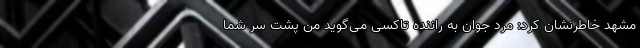
مشهد خاطرنشان کرد: مرد جوان به راننده تاکسی می‌گوید من پشت سر شما